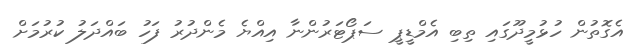
އެގޮތުން ހުޅުމީދޫގައި ތިބި އެމްޑީޕީ ސަޕޯޓަރުންނާ އިއްޔެ މެންދުރު ފަހު ބައްދަލު ކުރުމަށް